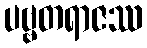
ပဗ္ဗတရာဇဿ